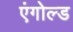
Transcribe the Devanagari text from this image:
एंगोल्ड